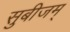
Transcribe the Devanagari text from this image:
सुबीजम्